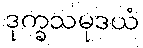
ဒုက္ခသမုဒယံ